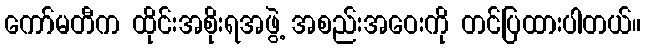
ကော်မတီက ထိုင်းအစိုးရအဖွဲ့ အစည်းအဝေးကို တင်ပြထားပါတယ်။